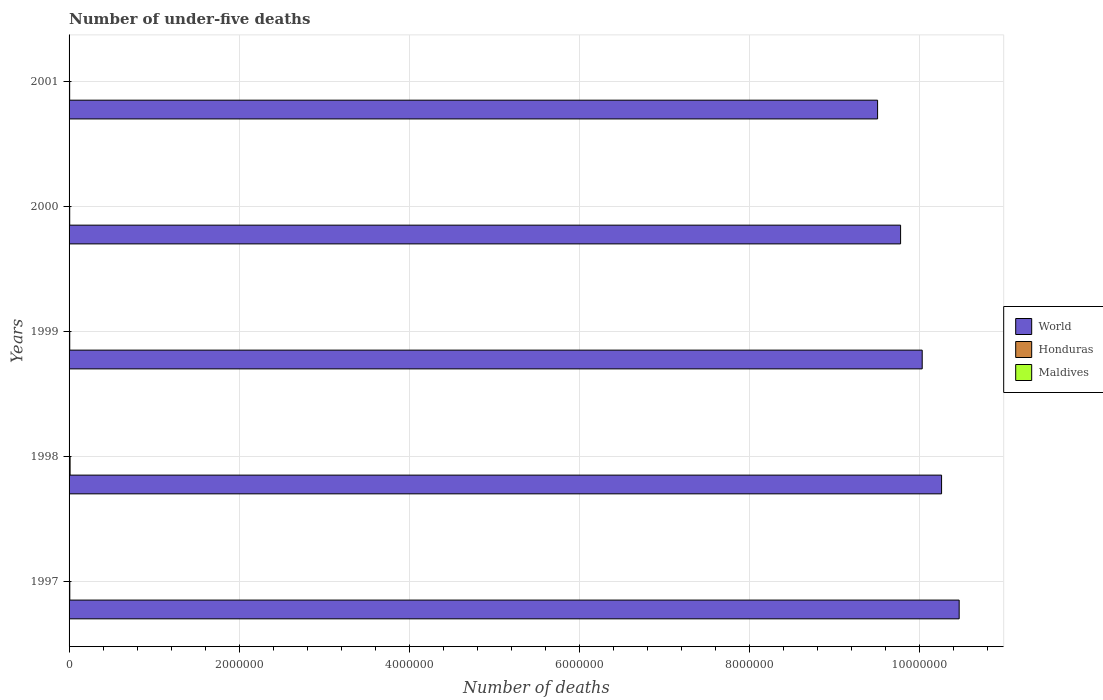
| Years | World | Honduras | Maldives |
 | --- | --- | --- | --- |
 | 1997 | 1.05e+07 | 8.5e+03 | 436 |
 | 1998 | 1.03e+07 | 1.2e+04 | 379 |
 | 1999 | 1e+07 | 7.74e+03 | 327 |
 | 2000 | 9.78e+06 | 7.35e+03 | 281 |
 | 2001 | 9.51e+06 | 6.96e+03 | 242 |